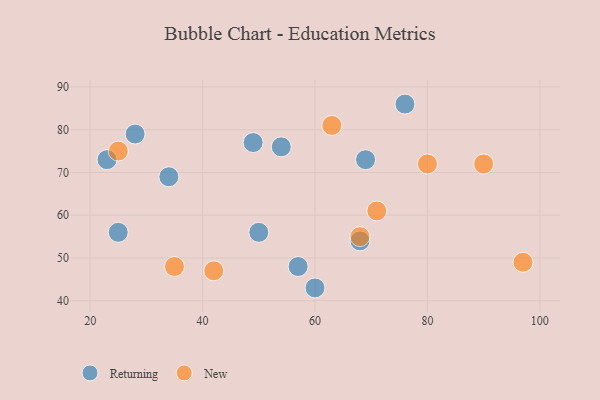
{"axis": {"x": "GDP", "y": "Life Expectancy"}, "legend": ["New", "Returning"], "data": [{"x": "34", "y": 69, "type": "Returning"}, {"x": "60", "y": 43, "type": "Returning"}, {"x": "69", "y": 73, "type": "Returning"}, {"x": "68", "y": 54, "type": "Returning"}, {"x": "54", "y": 76, "type": "Returning"}, {"x": "76", "y": 86, "type": "Returning"}, {"x": "25", "y": 56, "type": "Returning"}, {"x": "28", "y": 79, "type": "Returning"}, {"x": "49", "y": 77, "type": "Returning"}, {"x": "57", "y": 48, "type": "Returning"}, {"x": "50", "y": 56, "type": "Returning"}, {"x": "23", "y": 73, "type": "Returning"}, {"x": "80", "y": 72, "type": "New"}, {"x": "42", "y": 47, "type": "New"}, {"x": "63", "y": 81, "type": "New"}, {"x": "35", "y": 48, "type": "New"}, {"x": "97", "y": 49, "type": "New"}, {"x": "25", "y": 75, "type": "New"}, {"x": "68", "y": 55, "type": "New"}, {"x": "71", "y": 61, "type": "New"}, {"x": "90", "y": 72, "type": "New"}]}